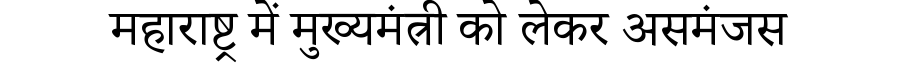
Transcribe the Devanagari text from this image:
महाराष्ट्र में मुख्यमंत्री को लेकर असमंजस